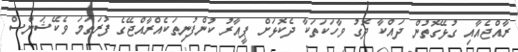
ރާއްޖެއާއި ގުޅޭގޮތުން ދައްކާ ދޮގު ވާހަކަތަކާ ދެކޮޅަށް ޕީއާރު ކުންފުނިތަކެއްރާއްޖޭގެ ފުރަތަމަ ވެކޭޝަންސް